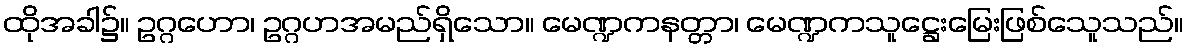
ထိုအခါ၌။ ဥဂ္ဂဟော၊ ဥဂ္ဂဟအမည်ရှိသော။ မေဏ္ဍကနတ္တာ၊ မေဏ္ဍကသူဋ္ဌေးမြေးဖြစ်သေူသည်။